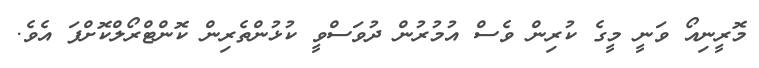
މޮރީނިއޯ ވަނީ މީގެ ކުރިން ވެސް އުމުރުން ދުވަސްވީ ކުޅުންތެރިން ކޮންޓްރޯލްކޮށްފަ އެވެ.